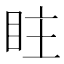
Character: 𥅖